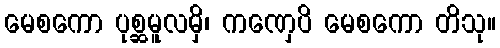
မေစကော ပုစ္ဆမူလမှိ၊ ကဏှေပိ မေစကော တိသု။